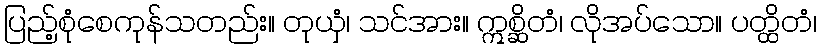
ပြည့်စုံစေကုန်သတည်း။ တုယှံ၊ သင်အား။ ဣစ္ဆိတံ၊ လိုအပ်သော။ ပတ္ထိတံ၊